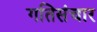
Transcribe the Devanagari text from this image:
गतिसंचार